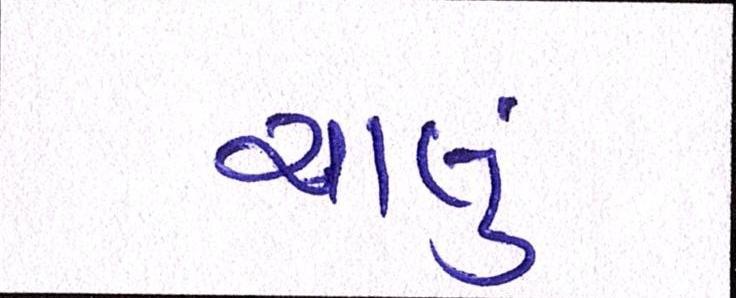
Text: ચાલું